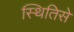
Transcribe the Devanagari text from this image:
स्थितिसे